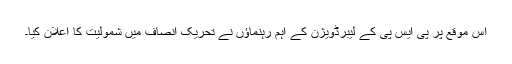
اس موقع پر پی ایس پی کے لیبرڈویژن کے اہم رہنماؤں نے تحریک انصاف میں شمولیت کا اعلان کیا۔